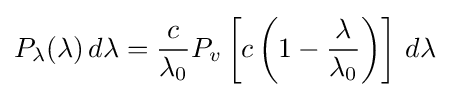
P_{\lambda }(\lambda )\,d\lambda ={\frac {c}{\lambda _{0}}}P_{v}\left[c\left(1-{\frac {\lambda }{\lambda _{0}}}\right)\right]\,d\lambda